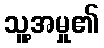
သူ့အမှု၏